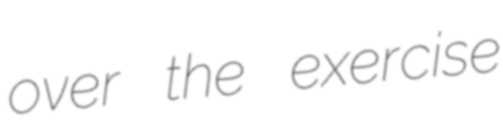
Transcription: over the exercise